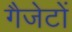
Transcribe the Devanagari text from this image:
गैजेटों